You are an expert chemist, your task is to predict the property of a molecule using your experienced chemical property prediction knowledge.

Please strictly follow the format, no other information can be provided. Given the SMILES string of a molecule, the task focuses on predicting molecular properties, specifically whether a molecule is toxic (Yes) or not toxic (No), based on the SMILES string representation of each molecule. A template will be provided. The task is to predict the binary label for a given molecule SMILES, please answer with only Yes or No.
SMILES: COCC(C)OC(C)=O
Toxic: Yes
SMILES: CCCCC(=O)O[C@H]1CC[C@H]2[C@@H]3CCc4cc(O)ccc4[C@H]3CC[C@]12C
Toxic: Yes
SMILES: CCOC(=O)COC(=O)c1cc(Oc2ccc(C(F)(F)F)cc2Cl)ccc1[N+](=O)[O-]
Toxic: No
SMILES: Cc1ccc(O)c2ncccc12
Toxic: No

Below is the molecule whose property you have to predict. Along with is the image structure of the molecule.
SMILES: COc1ccc(/C=C/C(=O)Nc2ccccc2C(=O)O)cc1OC
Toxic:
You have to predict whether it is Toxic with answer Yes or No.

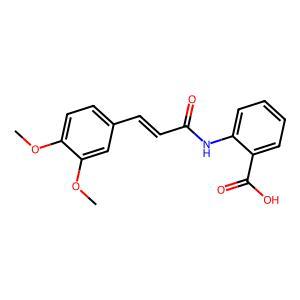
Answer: No